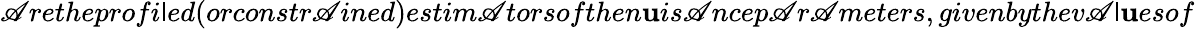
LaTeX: \mathscr{A}retheprofi\mathsf{l}ed(orconstr\mathscr{A}ined)estim\mathscr{A}torsofthen\mathbf{u}is\mathscr{A}ncep\mathscr{A}r\mathscr{A}meters,givenbythev\mathscr{A}\mathsf{l}\mathbf{u}esof